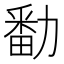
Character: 勫